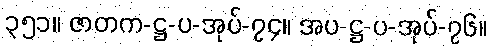
၃၅၁။ ဇာတက-ဋ္ဌ-ပ-အုပ်-၇၄။ အပ-ဋ္ဌ-ပ-အုပ်-၇၆။